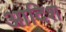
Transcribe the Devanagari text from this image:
आदिश